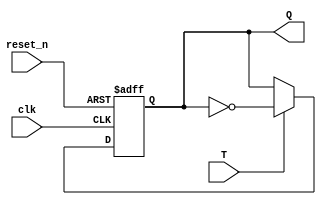
`timescale 1ns / 1ps
//////////////////////////////////////////////////////////////////////////////////
// Company: 
// Engineer: 
// 
// Design Name: 
// Module Name: T_FF
// Project Name: 
// Target Devices: 
// Tool Versions: 
// Description: 
// 
// Dependencies: 
// 
// Revision:
// Revision 0.01 - File Created
// Additional Comments:
// 
//////////////////////////////////////////////////////////////////////////////////

module T_FF(
    input clk,
    input T,
    input reset_n,
    output reg Q // Changed to 'reg' to allow procedural assignment
);

    // This is the correct way to initialize 'Q' for simulation purposes.
    // For synthesis, initial blocks may be ignored, and reset should be used instead.
    initial Q = 0; 

    always @(posedge clk or negedge reset_n) begin
        if (~reset_n)
            Q <= 1'b0;
        else if (T)
            Q <= ~Q; // Toggle logic only when T is high
    end

endmodule